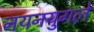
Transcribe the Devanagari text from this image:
नयनयुगले